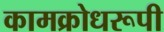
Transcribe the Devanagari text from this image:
कामक्रोधरूपी